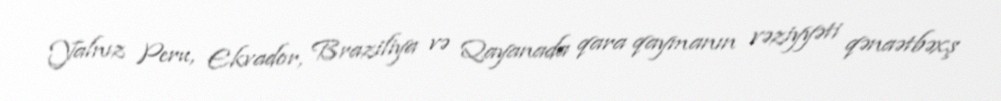
Yalnız Peru, Ekvador, Braziliya və Qayanada qara qaymanın vəziyyəti qənaətbəxş